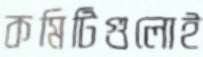
কমিটিগুলোই